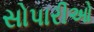
સોપારીઓ